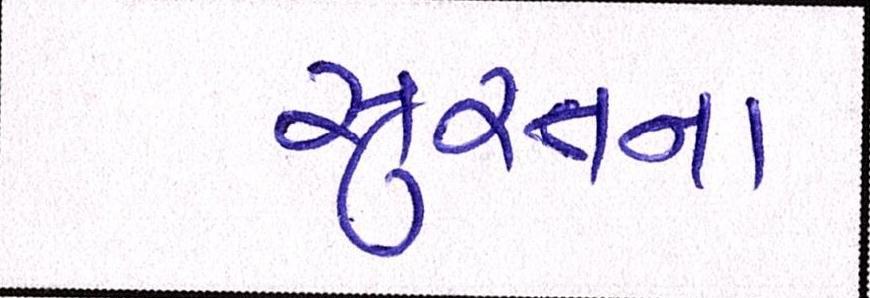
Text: સુરતના